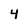
Character: 4